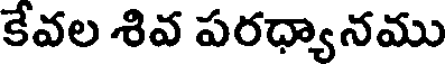
కేవల శివ పరధ్యానము